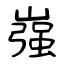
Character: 嵹